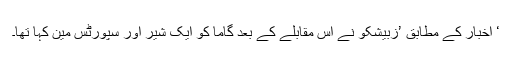
‘ اخبار کے مطابق ’زبیشکو نے اس مقابلے کے بعد گاما کو ایک شیر اور سپورٹس مین کہا تھا۔